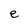
Character: e